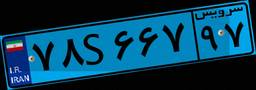
۴۵S۴۳۸۴۳